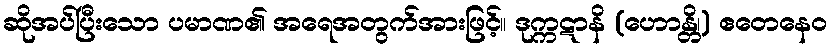
ဆိုအပ်ပြီးသော ပမာဏ၏ အရေအတွက်အားဖြင့်။ ဒုက္ကဋာနိ (ဟောန္တိ၊) ဧတေနေဝ